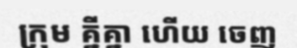
ក្រុម គ្នីគ្នា ហើយ ចេញ